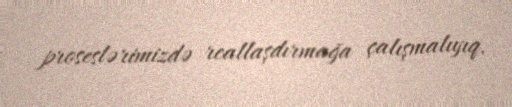
proseslərimizdə reallaşdırmağa çalışmalıyıq.